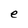
Character: e